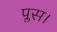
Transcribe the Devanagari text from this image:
प्लस।